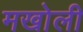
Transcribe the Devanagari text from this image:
मखोली